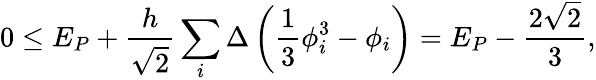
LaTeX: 0\leq E_{P}+\frac{h}{\sqrt{2}}\sum_{i}\Delta\left(\frac{1}{3}\phi_{i}^{3}-\phi_{i}\right)=E_{P}-\frac{2\sqrt{2}}{3},